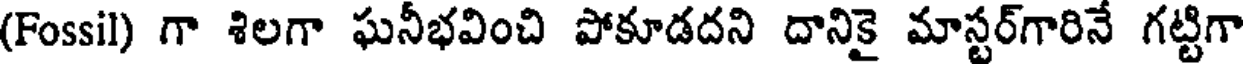
(Fossil) గా శిలగా ఘనీభవించి పోకూడదని దానికై మాస్టర్గారినే గట్టిగా